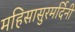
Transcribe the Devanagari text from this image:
महिसासुरमर्दिनी